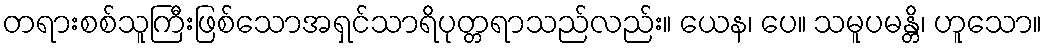
တရားစစ်သူကြီးဖြစ်သောအရှင်သာရိပုတ္တရာသည်လည်း။ ယေန၊ ပေ။ သမူပမန္တိ၊ ဟူသော။